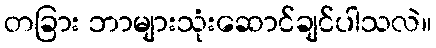
တခြား ဘာများသုံးဆောင်ချင်ပါသလဲ။